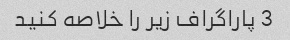
3 پاراگراف زیر را خلاصه کنید